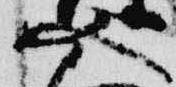
又